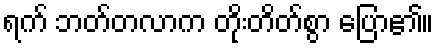
ရက် ဘတ်တလာက တိုးတိတ်စွာ ပြော၏။